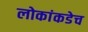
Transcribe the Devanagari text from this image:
लोकांकडेच